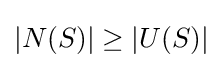
|N(S)|\geq |U(S)|